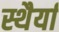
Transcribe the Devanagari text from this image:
स्थैर्या